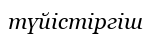
түйістіргіш